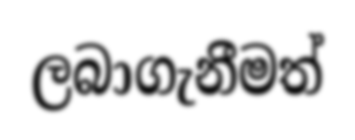
ලබාගැනීමත්